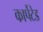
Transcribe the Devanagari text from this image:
कार्पेटेड